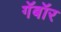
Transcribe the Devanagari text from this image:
गॅबॉर